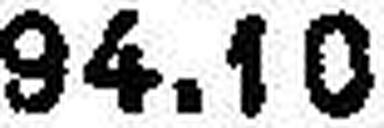
94.10